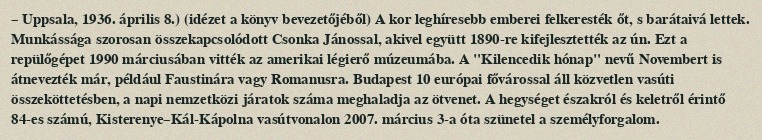
– Uppsala, 1936. április 8.) (idézet a könyv bevezetőjéből) A kor leghíresebb emberei felkeresték őt, s barátaivá lettek. Munkássága szorosan összekapcsolódott Csonka Jánossal, akivel együtt 1890-re kifejlesztették az ún. Ezt a repülőgépet 1990 márciusában vitték az amerikai légierő múzeumába. A "Kilencedik hónap" nevű Novembert is átnevezték már, például Faustinára vagy Romanusra. Budapest 10 európai fővárossal áll közvetlen vasúti összeköttetésben, a napi nemzetközi járatok száma meghaladja az ötvenet. A hegységet északról és keletről érintő 84-es számú, Kisterenye–Kál-Kápolna vasútvonalon 2007. március 3-a óta szünetel a személyforgalom.